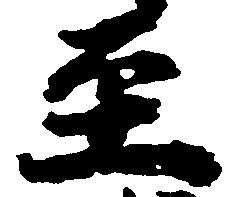
至